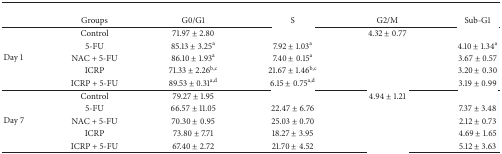
<table><thead><tr><td colspan="6">[EMPTY_CELL]</td></tr><tr><td>[EMPTY_CELL]</td><td><b>Groups</b></td><td><b>G0/G1</b></td><td><b>S</b></td><td><b>G2/M</b></td><td><b>Sub-G1</b></td></tr></thead><tbody><tr><td rowspan="5">Day 1</td><td>Control</td><td>71.97 ± 2.80</td><td>[EMPTY_CELL]</td><td>4.32 ± 0.77</td><td>[EMPTY_CELL]</td></tr><tr><td>5-FU</td><td>85.13 ± 3.25<sup>a</sup></td><td>7.92 ± 1.03<sup>a</sup></td><td>[EMPTY_CELL]</td><td>4.10 ± 1.34<sup>a</sup></td></tr><tr><td>NAC + 5-FU</td><td>86.10 ± 1.93<sup>a</sup></td><td>7.40 ± 0.15<sup>a</sup></td><td>[EMPTY_CELL]</td><td>3.67 ± 0.57</td></tr><tr><td>ICRP</td><td>71.33 ± 2.26<sup>b,c</sup></td><td>21.67 ± 1.46<sup>b,c</sup></td><td>[EMPTY_CELL]</td><td>3.20 ± 0.30</td></tr><tr><td>ICRP + 5-FU</td><td>89.53 ± 0.31<sup>a,d</sup></td><td>6.15 ± 0.75<sup>a,d</sup></td><td>[EMPTY_CELL]</td><td>3.19 ± 0.99</td></tr><tr><td rowspan="5">Day 7</td><td>Control</td><td>79.27 ± 1.95</td><td>[EMPTY_CELL]</td><td>4.94 ± 1.21</td><td>[EMPTY_CELL]</td></tr><tr><td>5-FU</td><td>66.57 ± 11.05</td><td>22.47 ± 6.76</td><td>[EMPTY_CELL]</td><td>7.37 ± 3.48</td></tr><tr><td>NAC + 5-FU</td><td>70.30 ± 0.95</td><td>25.03 ± 0.70</td><td>[EMPTY_CELL]</td><td>2.12 ± 0.73</td></tr><tr><td>ICRP</td><td>73.80 ± 7.71</td><td>18.27 ± 3.95</td><td>[EMPTY_CELL]</td><td>4.69 ± 1.65</td></tr><tr><td>ICRP + 5-FU</td><td>67.40 ± 2.72</td><td>21.70 ± 4.52</td><td>[EMPTY_CELL]</td><td>5.12 ± 3.63</td></tr></tbody></table>